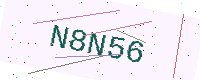
Text: N8N56